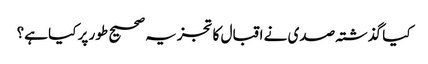
کیا گذشتہ صدی نے اقبال کا تجزیہ صحیح طور پر کیا ہے؟